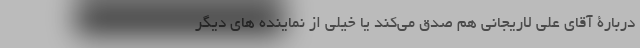
دربارۀ آقای علی لاریجانی هم صدق می‌کند یا خیلی از نماینده های دیگر